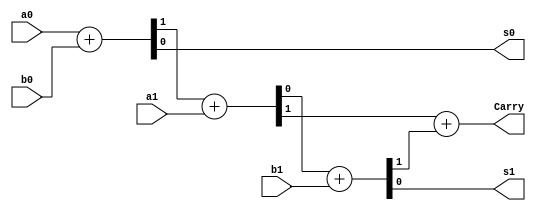
`timescale 1ns / 1ps
//////////////////////////////////////////////////////////////////////////////////
// Company: 
// Engineer: 
// 
// Design Name: 
// Module Name:    Adder_four 
// Project Name: 
// Target Devices: 
// Tool versions: 
// Description: 
//
// Dependencies: 
//
// Revision: 
// Revision 0.01 - File Created
// Additional Comments: 
//
//////////////////////////////////////////////////////////////////////////////////
module Adder_four(
	input a0,
	input a1,
	input b0,
	input b1,
	output s0,
	output s1,
	output Carry
    );
	wire c, cout1, cout2, cout3;
	assign {cout1, s0} = a0 + b0;
	assign {cout2, c} = cout1 + a1;
	assign {cout3, s1} = c + b1;
	assign Carry = cout2 +cout3;

endmodule